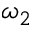
\omega _ { 2 }